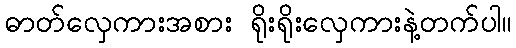
ဓာတ်လှေကားအစား ရိုးရိုးလှေကားနဲ့တက်ပါ။